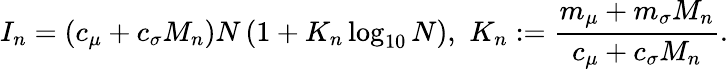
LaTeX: I_{n}=(c_{\mu}+c_{\sigma}M_{n})N\left(1+K_{n}\log_{10}N\right),\, \, K_{n}:=\frac{m_{\mu}+m_{\sigma}M_{n}}{c_{\mu}+c_{\sigma}M_{n}}.